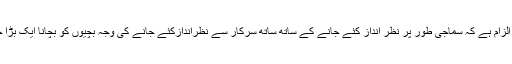
مسٹر سنگھ کا بھی الزام ہے کہ سماجی طور پر نظر انداز کئے جانے کے ساتھ ساتھ سرکار سے نظراندازکئے جانے کی وجہ بچیوں کو بچانا ایک بڑا چیلنج بنی ہوئی ہے۔